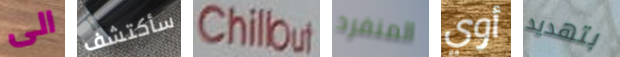
الى سأكتشف Chillout المنفرد أوي بتهديد